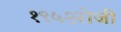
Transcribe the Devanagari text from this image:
१९५२रोजी